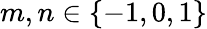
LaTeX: m,n\in\{ -1,0,1\}